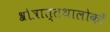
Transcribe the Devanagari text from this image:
श्रोत्रात्तथालोकाँ